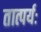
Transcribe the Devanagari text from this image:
तात्पर्यः